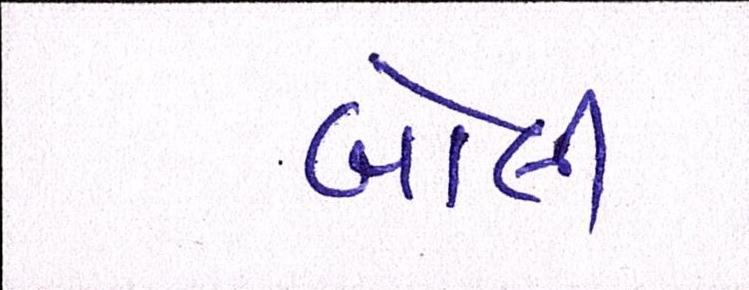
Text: બોલી